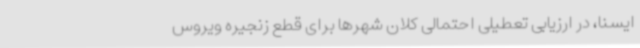
ایسنا، در ارزیابی تعطیلی احتمالی کلان شهرها برای قطع زنجیره ویروس